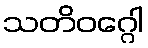
သတိဝဂ္ဂေါ